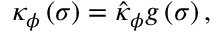
\kappa _ { \phi } \left( \sigma \right) = \hat { \kappa } _ { \phi } g \left( \sigma \right) ,